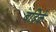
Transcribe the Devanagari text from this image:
बद्रिके